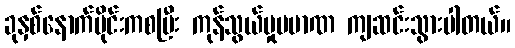
ခုနှစ်နောက်ပိုင်းကစပြီး ကုန်သွယ်မှုပမာဏ ကျဆင်းသွားပါတယ်။